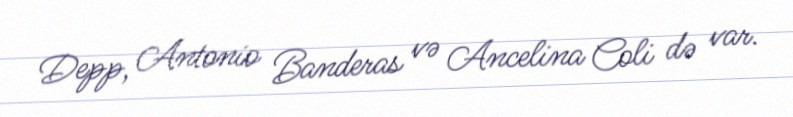
Depp, Antonio Banderas və Ancelina Coli də var.